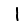
Digit: 1